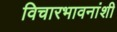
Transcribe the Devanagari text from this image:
विचारभावनांशी